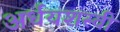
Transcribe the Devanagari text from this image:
अर्धयशस्वी